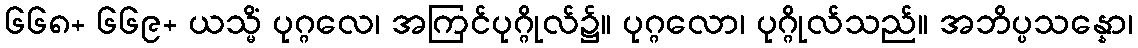
၆၆၈+ ၆၆၉+ ယသ္မိံ ပုဂ္ဂလေ၊ အကြင်ပုဂ္ဂိုလ်၌။ ပုဂ္ဂလော၊ ပုဂ္ဂိုလ်သည်။ အဘိပ္ပသန္နော၊